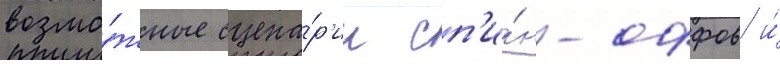
возмо́жные сцена́р'ии сп'и́н-оффов и́